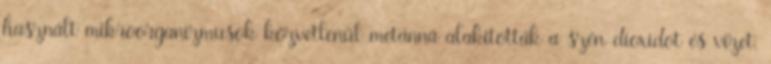
használt mikroorganizmusok közvetlenül metánná alakították a szén-dioxidot és vizet.